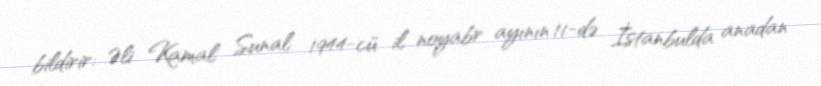
bildirir: Əli Kamal Sunal 1944-cü il noyabr ayının 11-də İstanbulda anadan